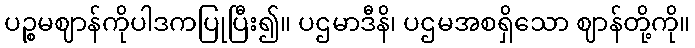
ပဉ္စမဈာန်ကိုပါဒကပြုပြီး၍။ ပဌမာဒီနိ၊ ပဌမအစရှိသော ဈာန်တို့ကို။